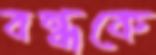
বন্ধকে